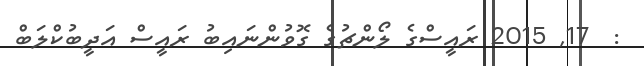
:  17